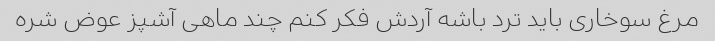
مرغ سوخاری باید ترد باشه آردش فکر کنم چند ماهی آشپز عوض شره